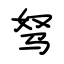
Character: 驽